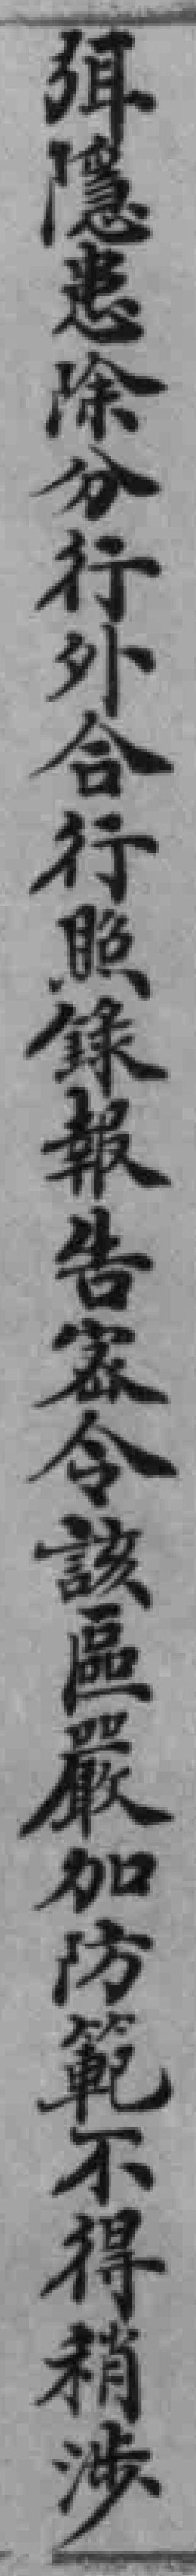
弭隱患除分行外合行照錄報告密令該區嚴加防範不得稍涉